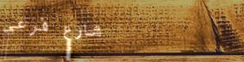
شارع فرعي